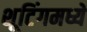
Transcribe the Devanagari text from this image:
शूटिंगमध्ये